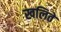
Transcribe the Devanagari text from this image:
खलिते